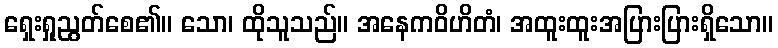
ရှေးရှုညွတ်စေ၏။ သော၊ ထိုသူသည်။ အနေကဝိဟိတံ၊ အထူးထူးအပြားပြားရှိသော။